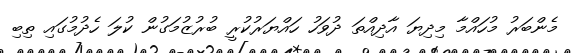
މެންބަރު މުހައްމާ މިދިޔަ އާދިއްތަ ދުވަހު ހައްޔަރުކުރީ ބުރުޒުމަގުން ކުލަ ހެދުމުގައި ތިބި